Medical and sanitary report of the native army of Bengal for the year
Year: 1875
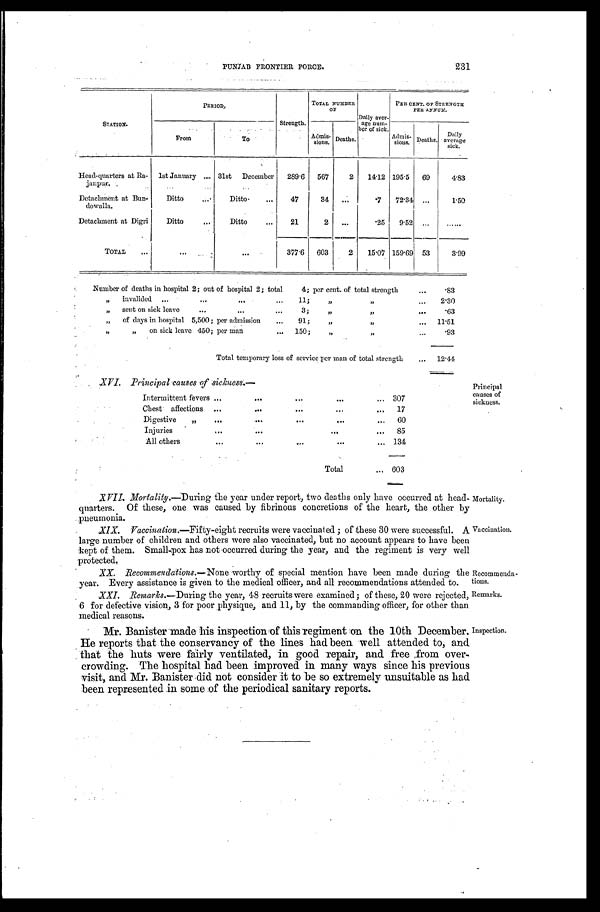
•
307
17
60
85
134
•••
•••
••n
1. 11
•••
•••"
t l •
1 1 1 1 0
1. 4
Total
... 603
231
PUNJAB FRONTIER FORCE.
P E R I O D
TOTAL NUMBER
O F
Daily aver-
PER CENT. OF STRENGTH
PER ANNUM.
STATION.
From
T O
Strength.
A d m i s -
sions. Deaths.
age num-
ber of sick. Admi s-
sions. Deaths. Daily
average sick.
Head-quarters at Ra-
janpur.
1st January 31st December 289.6 567 2 14.12 195.5 69 4.83
Detachment at Bun-
dowalla.
Ditto
Ditto.
47 34
. 772.34
1.50
Detachment at Digri Ditto
Ditto
21
2
.25 9.52
TOTAL
Number of deaths in hospital 2; out of hospital 2; total
377.6
4;
603
per cent.
2
of total
15.07
-
strength
159.69 53
...
3.99
83
„invalided
0
11; „
„
2 . 3 0
„sent on sick leave •
„
.63
„of days in hospital 5,500; per admission
91; „
„
11.51
„on sick leave 450; p e r m a n
150; „
.93
Total temporary loss of service per man of total strength12.44
X V I. Principal causes of:sickness.--
Intermittent fevers
Chest' affections
Digestive „
Injuries
All others
0 0 1 1
Principal causes of
sickness.
XVII. Mortality .—During the year under report, two deaths only have occurred at head- Mortality.
quarters. Of these, one was caused by fibrinous concretions of the heart, the other by
pneumonia.
XIX. Vaccination.—Fifty-eight recruits were vaccinated ; of these 30 were successful. A Vaccination.
lare number of children and others were also vaccinated, but no account appears to have been
kept of them. Small-pox has not 'occurred during the year, and the regiment is very well
protected.
XX. Recommendations:—None worthy of special mention have been made during the Recommenda-
year. Every assistance is given to the medical officer, and all recommendations attended to. Lions.
XXI.
Remarks.— During the year, 48 recruits were examined ; of these, 20 were rejected, Remarks.
6 for defective vision, 3 for poor physique, and 11, by the commanding officer, for other than
medical reasons.
Mr. Banister-made his inspection :of this regiment on the 10th December. Inspection.
He reports that the conservancy of the lines had been well attended to, and
that the huts were fairly ventilated, in good repair, and free ,from over
-crowding. The hospital had been improved in many ways since his previous
visit, and Mr. Banister did not consider it to be so extremely unsuitable as had.
been represented in some of the periodical sanitary reports.